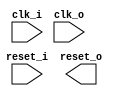
`timescale 1ns / 1ps
//////////////////////////////////////////////////////////////////////////////////
// Company: 
// Engineer: 
// 
// Design Name: 
// Module Name: reset_sync
// Project Name: 
// Target Devices: 
// Tool Versions: 
// Description: 
// 
// Dependencies: 
// 
// Revision:
// Revision 0.01 - File Created
// Additional Comments:
// 
//////////////////////////////////////////////////////////////////////////////////


module reset_sync(
    input clk_i,
    input clk_o,
    input reset_i,
    output reset_o
    );
    reg [15:0] out_1 = 16'hffff;
    reg [15:0] out_2 = 16'hffff;
    always @(posedge clk_i) begin
        if (reset_i) out_1 <= 16'hffff;
        else out_1 <= {out_1[14:0],1'b0};        
    end
    always @(posedge clk_o) begin
        if (out_1[31]) out_2 <= 16'hffff;
        else out_2 <= {out_2[14:0],1'b0};
    end
endmodule